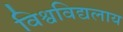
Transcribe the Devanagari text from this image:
विश्वविद्यलाय